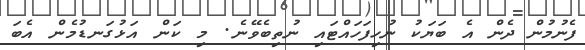
ފެނުމުން ދެން އެ ބަޔަކު ނުހިފަހައްޓައި ނުތިބެވޭނެ. މި ކަން އަޅުގަނޑުމެން އެބަ